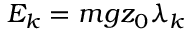
E _ { k } = m g z _ { 0 } \lambda _ { k }